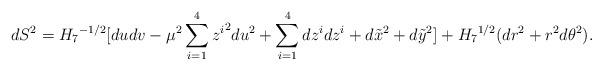
LaTeX: \begin{align*}dS^2 = {H_7}^{-1/2} [ du dv - \mu^2\sum_{i=1}^4 {z^i}^2 du^2 + \sum_{i=1}^4 dz^i dz^i + d\tilde x^2 + d\tilde{y}^2 ] + {H_7}^{1/2} (dr^2 + r^2 d{\theta}^2).\end{align*}